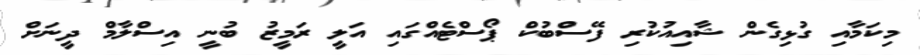
މިކަމާއި ގުޅިގެން ޝާއިއުކުރި ފޭސްބުކް ޕޯސްޓެއްގައި އަލީ ރަމީޒު ބުނީ އިސްލާމް ދީނަށް